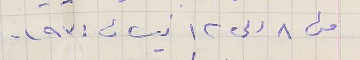
من ٨ الى ١٢ نيسان ١٩٧١ .